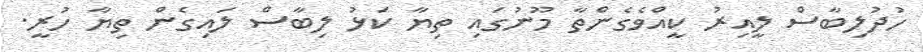
ހުދުލިބާސް ލީއިރު ކީއްވެގެންތާ މޫނުގައި ތިޔާ ކަޅު ލިބާސް ލައިގެން ތިޔާ ހުރީ.